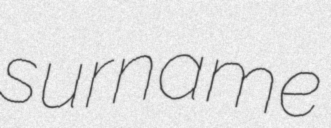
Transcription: surname